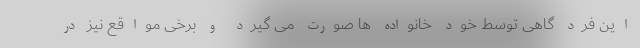
این فرد گاهی توسط خود خانواده ها صورت می گیرد و برخی مواقع نیز در